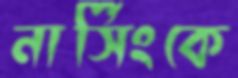
নার্সিংকে